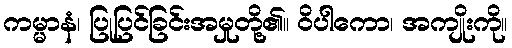
ကမ္မာနံ၊ ပြုပြင်ခြင်းအမှုတို့၏။ ဝိပါကော၊ အကျိုးကို။